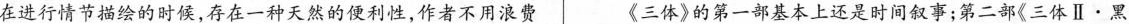
在进行情节描绘的时候，存在一种天然的便利性，作者不用浪费 (三体》的第一部基本上还是时间叙事:第二部《三体Ⅱ· 黑